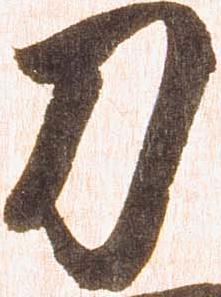
刀